Scottish Leaving Certificate Examination, 1957
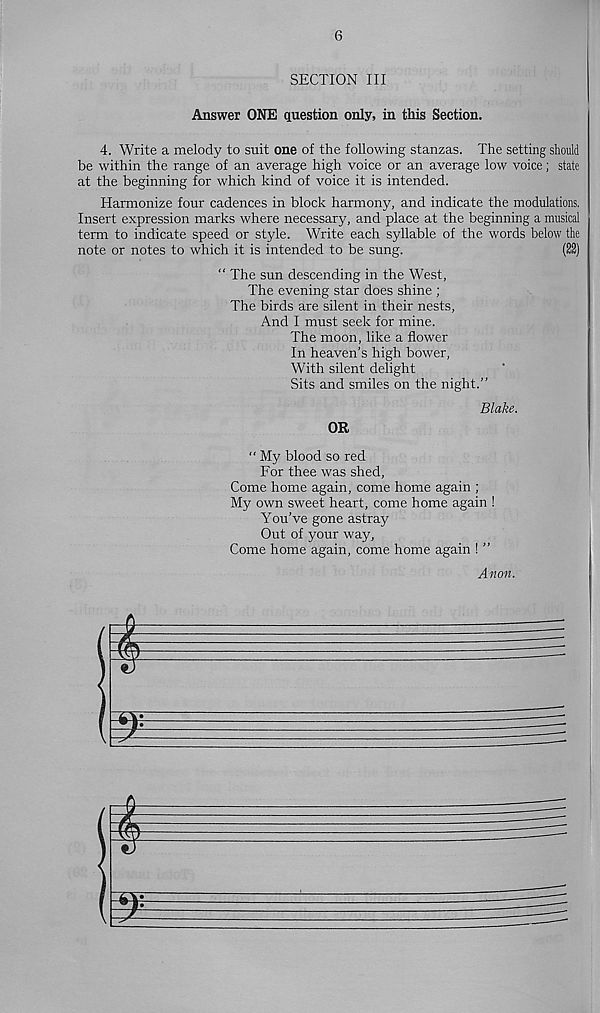
6
SECTION III
Answer ONE question only, in this Section.
4. Write a melody to suit one of the following stanzas. The setting should
be within the range of an average high voice or an average low voice; state
at the beginning for which kind of voice it is intended.
Harmonize four cadences in block harmony, and indicate the modulations.
Insert expression marks where necessary, and place at the beginning a musical
term to indicate speed or style. Write each syllable of the words below the
note or notes to which it is intended to be sung.
(22)
“ The sun descending in the West,
The evening star does shine ;
The birds are silent in their nests,
And I must seek for mine.
The moon, like a flower
In heaven’s high bower,
With silent delight
Sits and smiles on the night.”
Blake.
OR
“ My blood so red
For thee was shed,
Come home again, come home again ;
My own sweet heart, come home again !
You’ve gone astray
Out of your way,
Come home again, come home again ! ”
Anon.